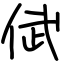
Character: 倵